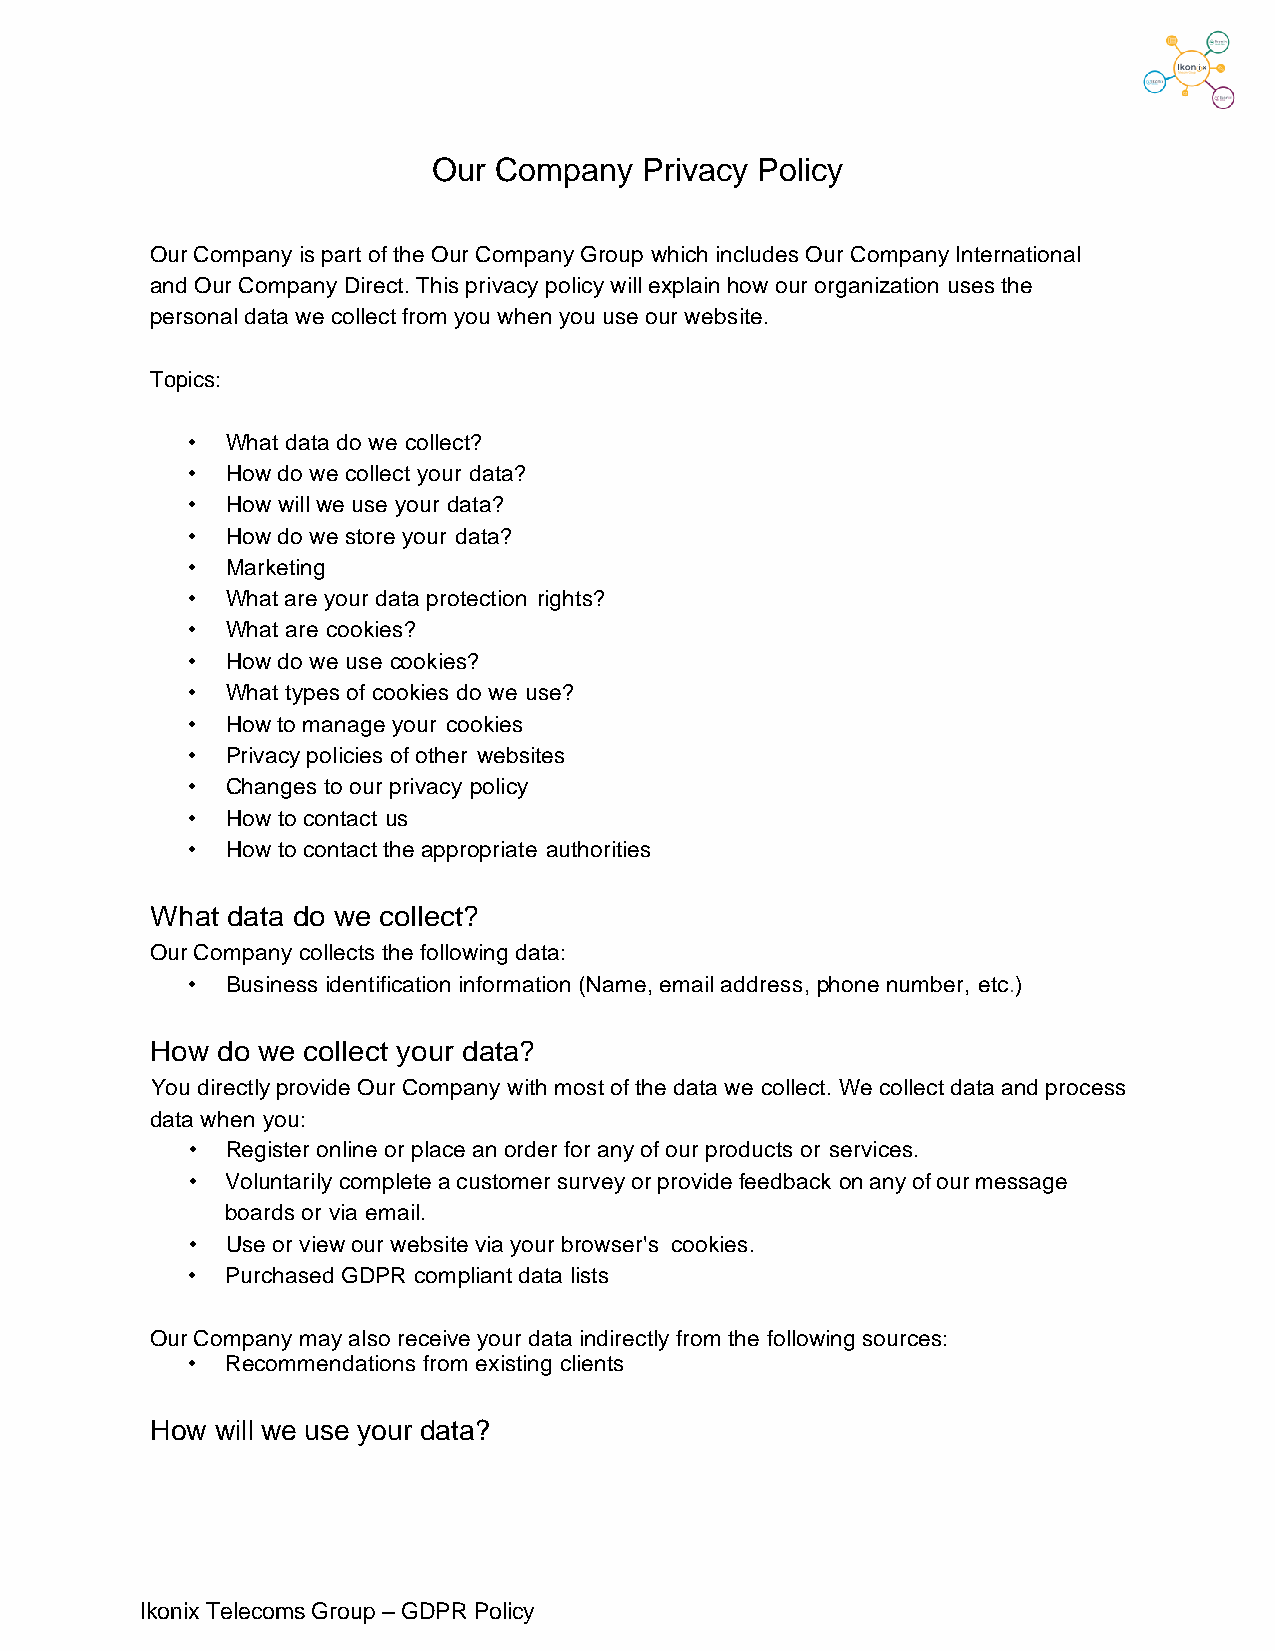
Our Company   Privacy Policy
 Our Company is part of the Our Company Group which includes Our Company International
 and Our Company Direct. This privacy policy will explain how our organization uses the
 personal data we collect from you when you use our website.
 Topics:
 •  What data do we collect?
 •  How do we collect your data?
 •  How will we use your data?
 •  How do we store your data?
 •  Marketing
 •  What are your data protection rights?
 •  What are cookies?
 •  How do we use cookies?
 •  What types of cookies do we use?
 •  How to manage your cookies
 •  Privacy policies of other websites
 •  Changes to our privacy policy
 •  How to contact us
 •  How to contact the appropriate authorities
 What data do we collect?
 Our Company collects the following data:
 •  Business identification information (Name, email address, phone number, etc.)
 How do we collect your data?
 You directly provide Our Company with most of the data we collect. We collect data and process
 data when you:
 •  Register online or place an order for any of our products or services.
 •  Voluntarily complete a customer survey or provide feedback on any of our message
 boards or via email.
 •  Use or view our website via your browser's cookies.
 •  Purchased GDPR compliant data lists
 Our Company may also receive your data indirectly from the following sources:
 •  Recommendations from existing clients
 How will we use your data?
 Ikonix Telecoms Group – GDPR Policy